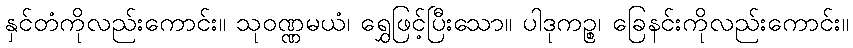
နှင်တံကိုလည်းကောင်း။ သုဝဏ္ဏမယံ၊ ရွှေဖြင့်ပြီးသော။ ပါဒုကဉ္စ၊ ခြေနင်းကိုလည်းကောင်း။